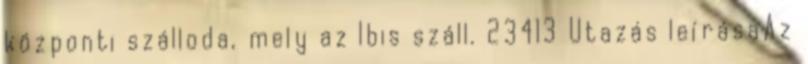
központi szálloda, mely az Ibis száll. 23413 Utazás leírásaAz